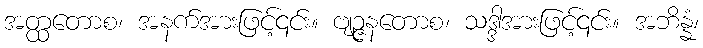
အတ္ထတောစ၊ အနက်အားဖြင့်၎င်း။ ဗျဉ္ဇနတောစ၊ သဒ္ဒါအားဖြင့်၎င်း။ အဘိန္နံ၊